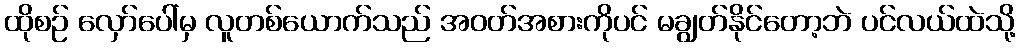
ထိုစဉ် လှော်ပေါ်မှ လူတစ်ယောက်သည် အဝတ်အစားကိုပင် မချွတ်နိုင်တော့ဘဲ ပင်လယ်ထဲသို့